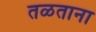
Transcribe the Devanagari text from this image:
तळताना